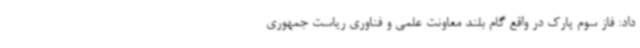
داد: فاز سوم پارک در واقع گام بلند معاونت علمی و فناوری ریاست جمهوری